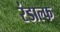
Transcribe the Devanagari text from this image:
रंडाल्फ